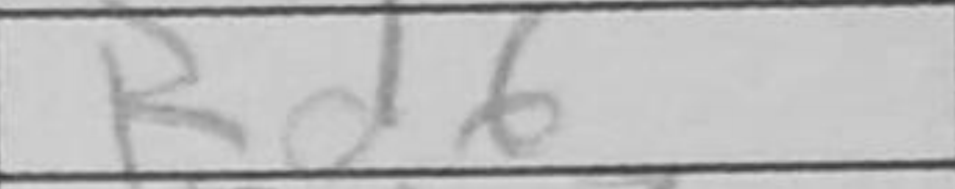
Transcription: Rd6